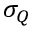
\sigma _ { Q }